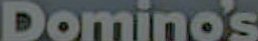
Domino's